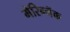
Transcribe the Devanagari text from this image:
मेरिग्नॅक